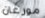
مورغان